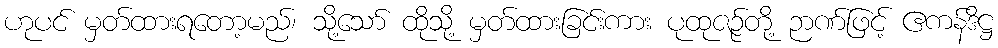
ဟုပင် မှတ်ထားရတော့မည်၊ သို့သော် ထိုသို့ မှတ်ထားခြင်းကား ပုထုဇဉ်တို့ ဉာဏ်ဖြင့် ဧကန်ဒိဋ္ဌ